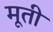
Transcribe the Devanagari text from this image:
मूतीं